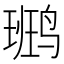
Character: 𪉒